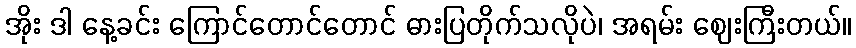
အိုး ဒါ နေ့ခင်း ကြောင်တောင်တောင် ဓားပြတိုက်သလိုပဲ၊ အရမ်း ဈေးကြီးတယ်။